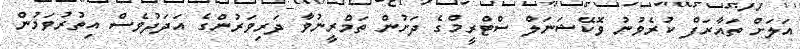
އަލަށް ތައާރަފް ކުރެވުނު ވޮކޭޝަނަލް ސްޓްރީމްގެ ދަށުން ތަމްރީނުވާ ދަރިވަރުންގެ އަދަދުވެސް އިތުރުވަމުން